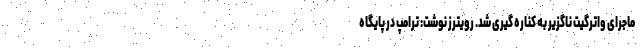
ماجرای واترگیت ناگزیر به کناره گیری شد. رویترز نوشت: ترامپ در پایگاه